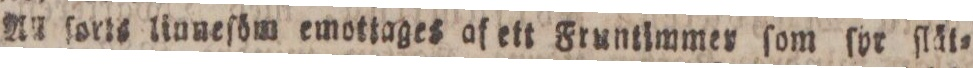
All ſorts linneſöm emottages af ett Fruntimmer ſom ſyr ſlät=